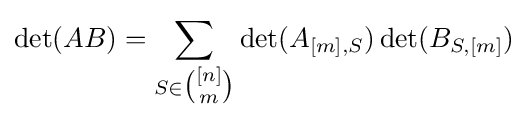
\det(AB)=\sum _{S\in {\tbinom {[n]}{m}}}\det(A_{[m],S})\det(B_{S,[m]})